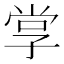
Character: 𭓋